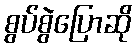
စွပ်စွဲပြောဆို